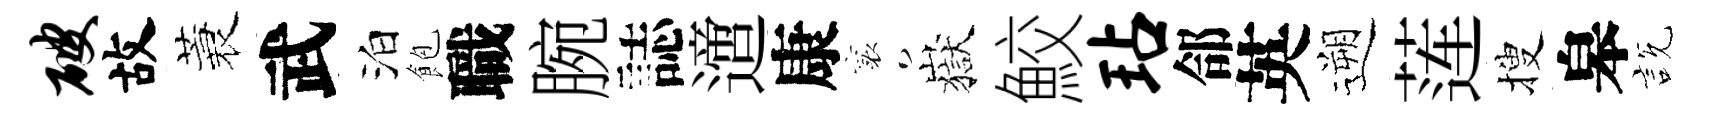
破故蓑武泊飽職腕誌𨗁康襄嶽鮫玷郃英遡莲搜皋説